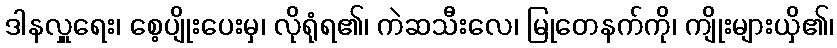
ဒါနလှူရေး၊ စေ့ပျိုးပေးမှ၊ လိုရုံရ၏၊ ကဲဆသီးလေ၊ မြုတေနက်ကို၊ ကျိုးများယှိ၏၊